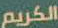
الكريم